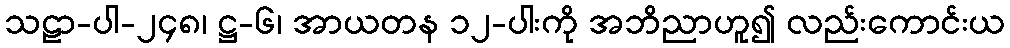
သဠာ-ပါ-၂၄၈၊ ဋ္ဌ-၆၊ အာယတန ၁၂-ပါးကို အဘိညာဟူ၍ လည်းကောင်းယ